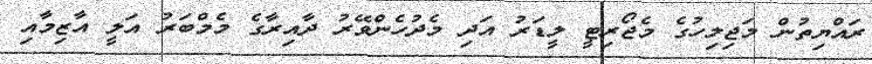
ރައްޔިތުން މަޖިލިހުގެ މެޖޯރިޓީ ލީޑަރު އަދި މެދުހެންވޭރު ދާއިރާގެ މެމްބަރު އަލީ އާޒިމާއި